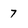
Character: 7